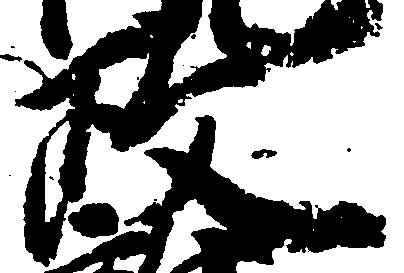
政